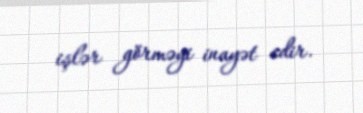
işlər görməyi inayət edir.